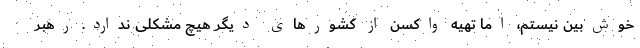
خوش‌بین نیستم، اما تهیه واکسن از کشور‌های دیگر هیچ مشکلی ندارد. رهبر